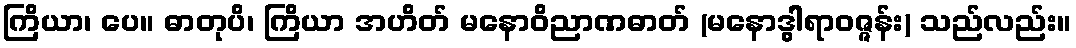
ကြိယာ၊ ပေ။ ဓာတုပိ၊ ကြိယာ အဟိတ် မနောဝိညာဏဓာတ် (မနောဒွါရာဝဇ္ဇန်း) သည်လည်း။